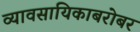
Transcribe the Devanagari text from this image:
व्यावसायिकाबरोबर